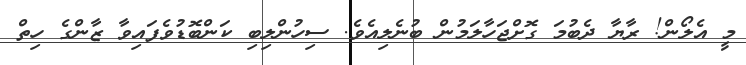
މީ އެލޯން! ރާޔާ ދެބުމަ ގޮށްޖަހާލަމުން ބުނެލިއެވެ. ސިހުންލިބި ކަންބޮޑުވެފައިވާ ޒާންގެ ހިތް